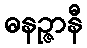
ဓနဉ္ဇာနီ